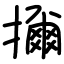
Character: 擟